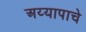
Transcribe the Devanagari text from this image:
अय्यापाचे